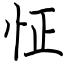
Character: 怔